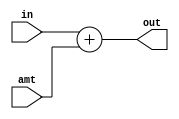
module Adder
(
	in,
	amt,
	out,
);

input [31:0]	in;
input [31:0]	amt;
output [31:0]	out;

assign out = in + amt;

endmodule